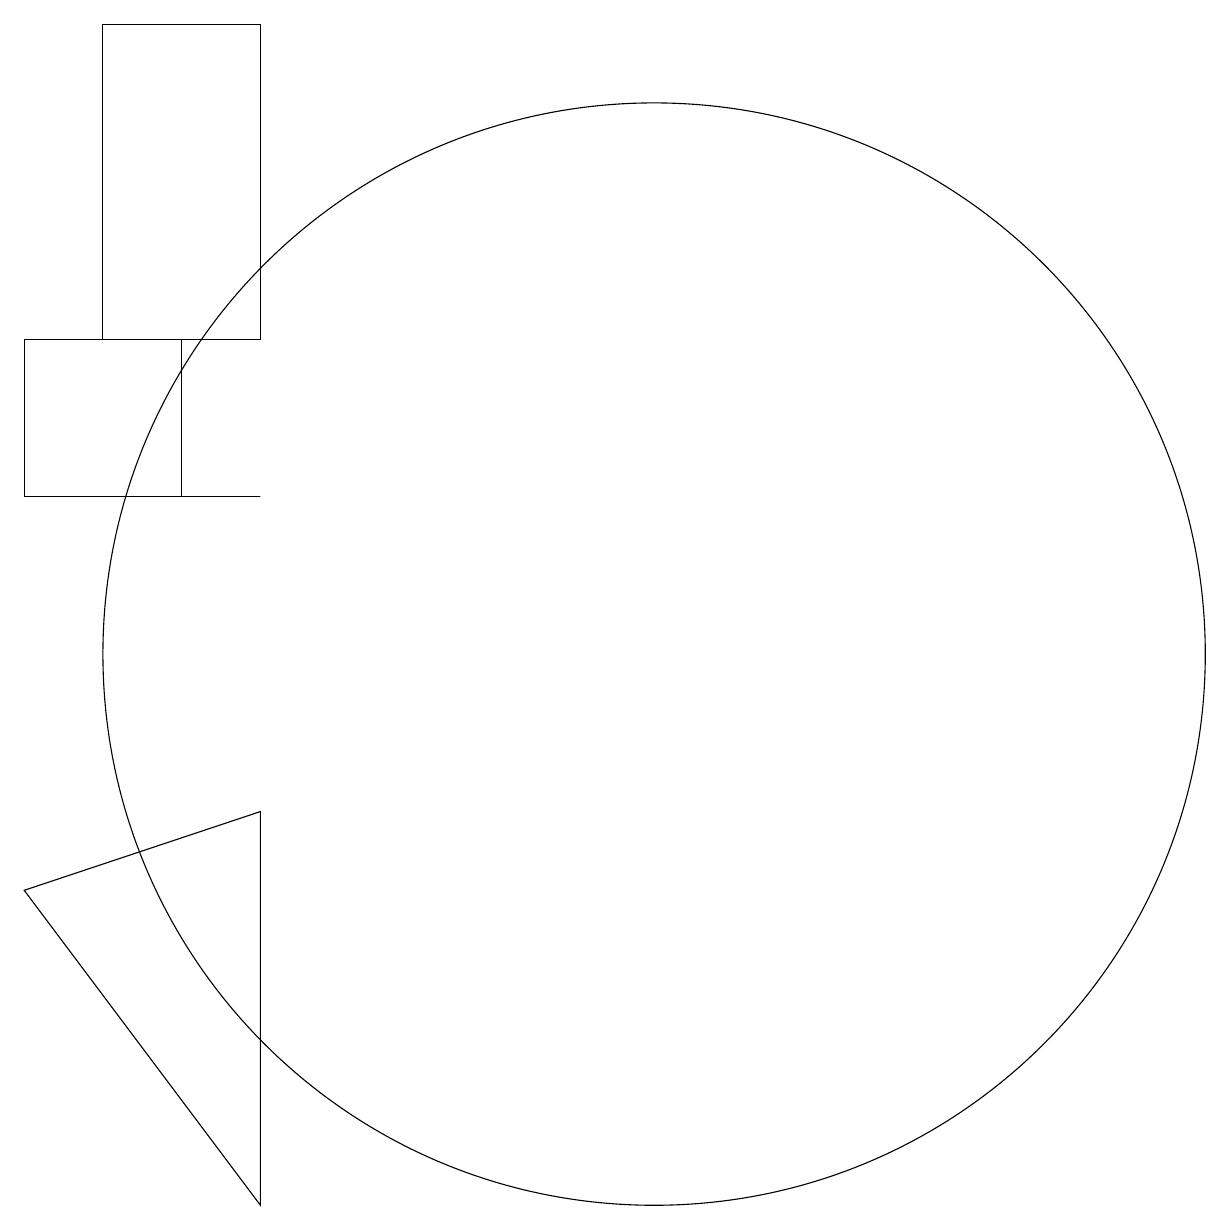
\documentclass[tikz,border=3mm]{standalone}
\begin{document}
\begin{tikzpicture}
\draw (7,4) -- (7,9) -- (4,8) -- cycle;
\draw (5,13) rectangle (7,13);
\draw (5,15) rectangle (7,19);
\draw (4,15) rectangle (6,13);
\draw (12,11) circle (7);
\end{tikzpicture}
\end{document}